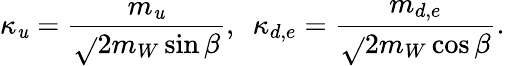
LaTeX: \kappa_{\mathit{u}}=\frac{{m_{\mathit{u}}}}{{\sqrt{}{{2}}m_{W}\sin\beta}},~~\kappa_{d,e}=\frac{{m_{d,e}}}{{\sqrt{}{{2}}m_{W}\cos\beta}}.